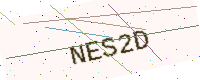
Text: NES2D